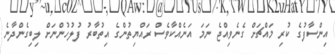
އިންސާފުގެ ކުރި މައްޗަށް ގެނެވިއްޖެ ނަމަ އަނެއްކާވެސް ރައްޔިތުންގެ އިތުބާރު ފުލުހުންނަށް ލިބިގެންދާނެ